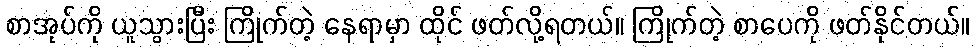
စာအုပ်ကို ယူသွားပြီး ကြိုက်တဲ့ နေရာမှာ ထိုင် ဖတ်လို့ရတယ်။ ကြိုက်တဲ့ စာပေကို ဖတ်နိုင်တယ်။